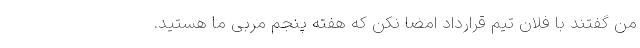
من گفتند با فلان تیم قرارداد امضا نکن که هفته پنجم مربی ما هستید.